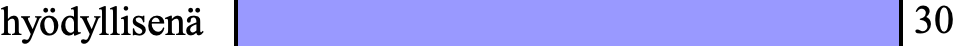
hyödyllisenä                  30